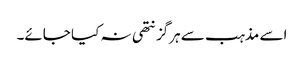
اسے مذہب سے ہرگز نتھی نہ کیا جائے۔